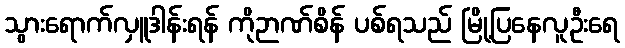
သွားရောက်လှူဒါန်းရန် ကိုဉာဏ်စိန် ပစ်ရသည် မြို့ပြနေလူဦးရေ